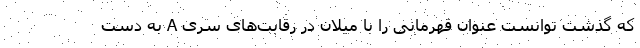
که گذشت توانست عنوان قهرمانی را با میلان در رقابت‌های سری A به دست